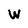
Character: W